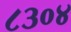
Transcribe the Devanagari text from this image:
८३०४